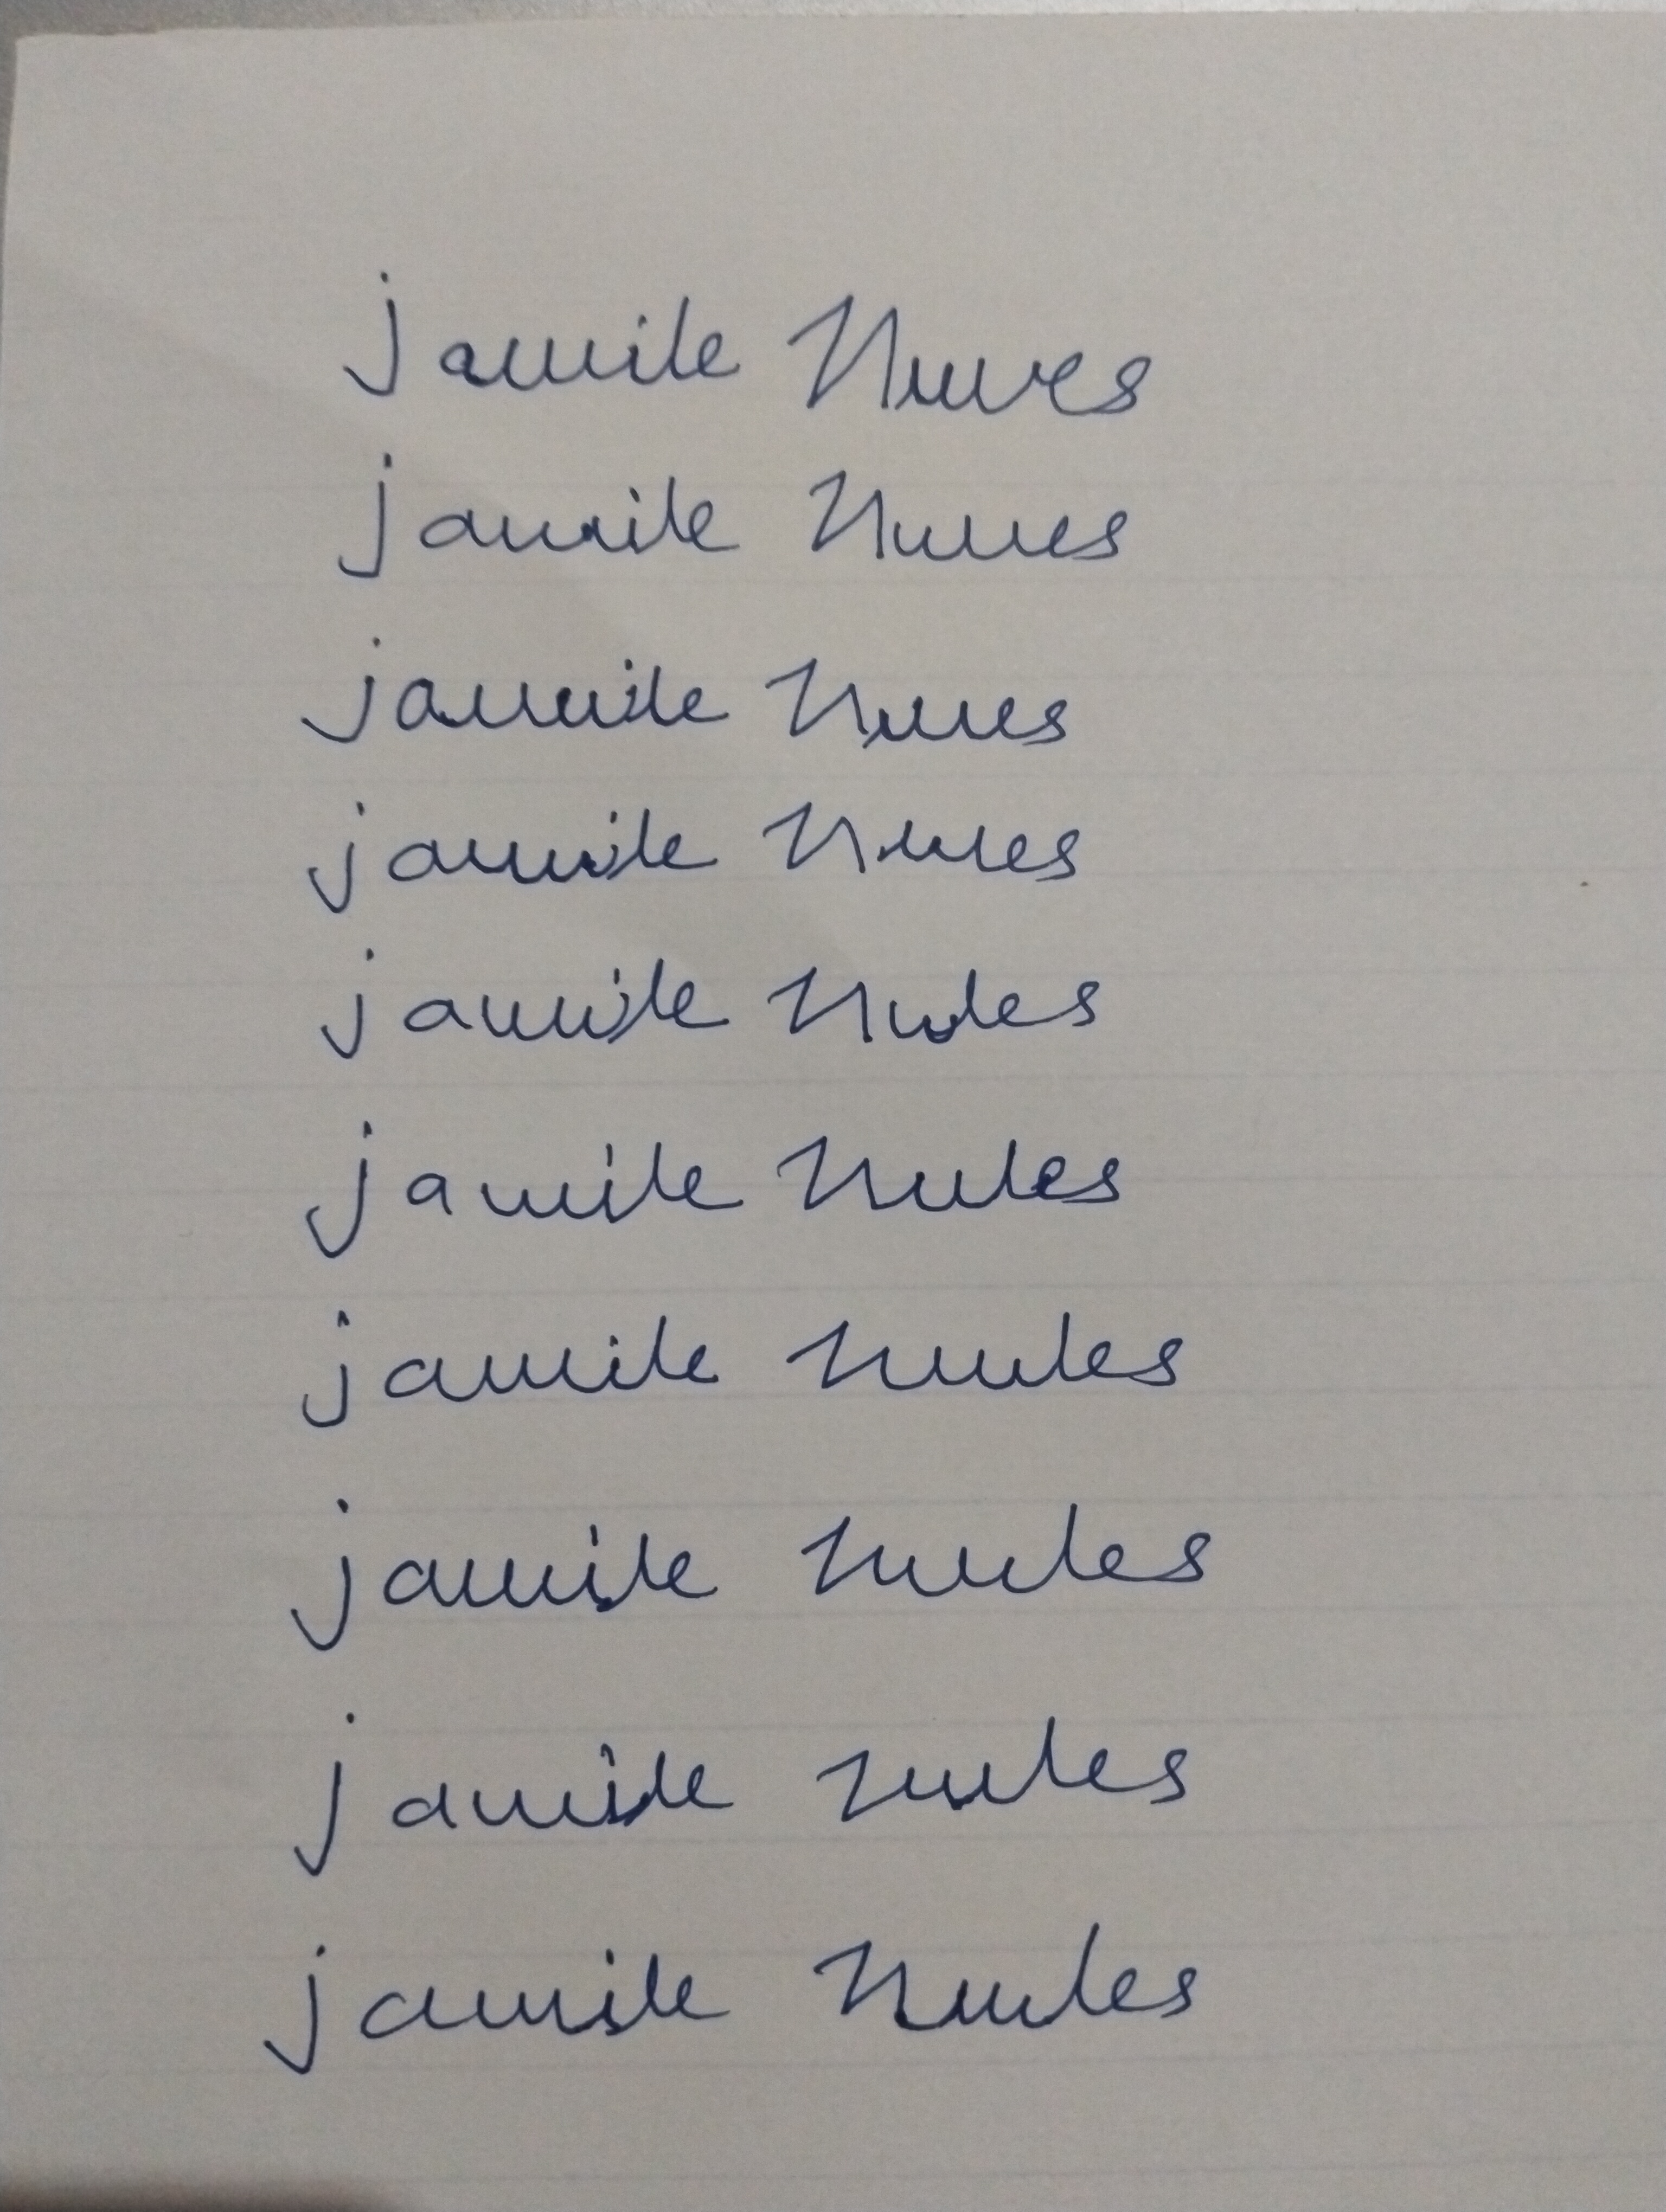
Signature authenticity: forged